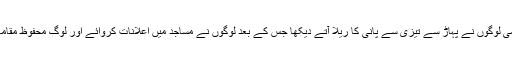
گولین کے مقامی تھانے کے اہلکار نے بی بی سی کو بتایا کہ اتوار کو دن کے وقت اچانک مقامی لوگوں نے پہاڑ سے تیزی سے پانی کا ریلا آتے دیکھا جس کے بعد لوگوں نے مساجد میں اعلانات کروائے اور لوگ محفوظ مقامات کی جانب منتقل ہو گئے تھے جس وجہ سے کسی بھی جانی نقصان کی اطلاع نہیں ملی ہے۔